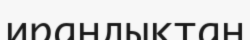
ирандықтан